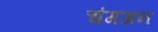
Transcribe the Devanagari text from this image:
चंगअन